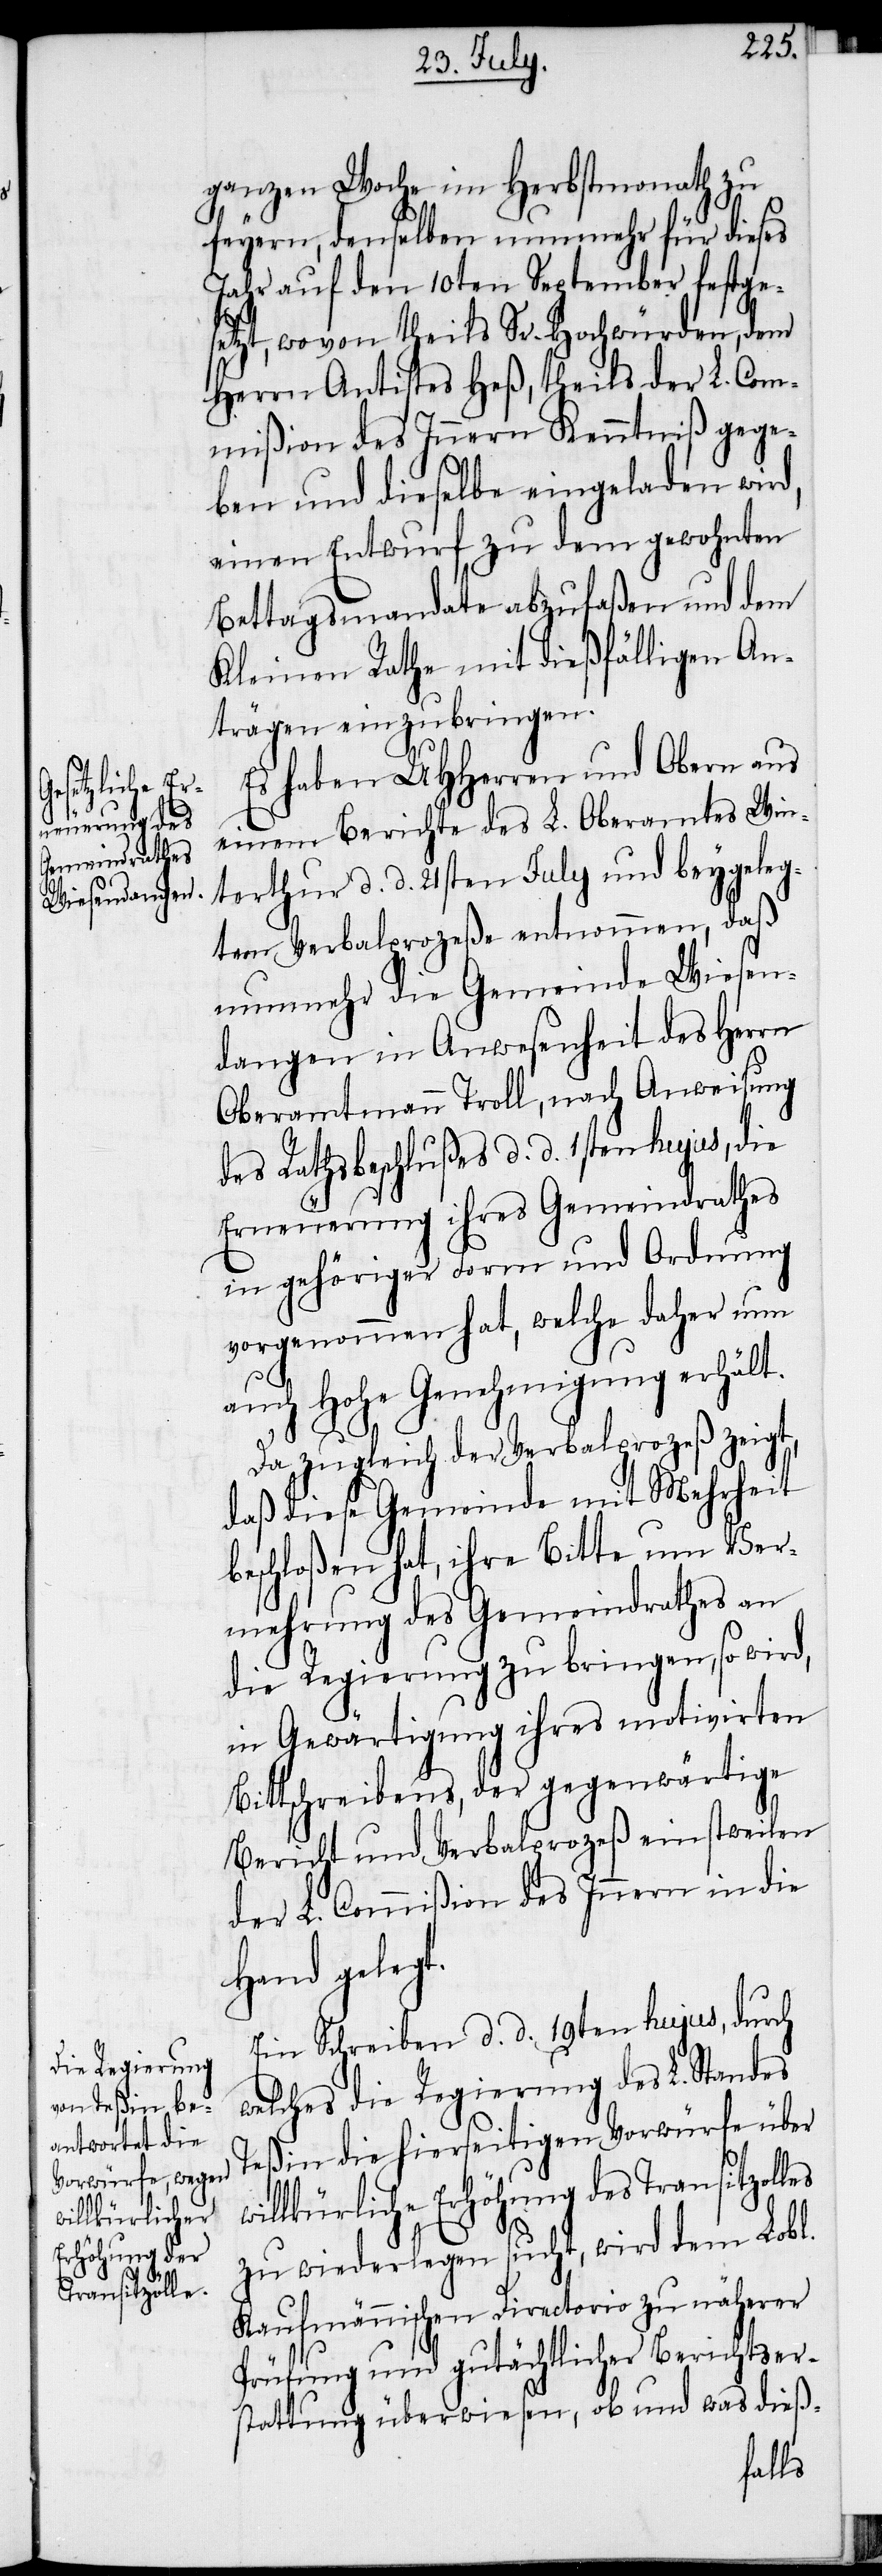
ganzen Woche im Herbstmonath zu
feyern, denselben nunmehr für dieses
Jahr auf den 10ten September festge¬
setzt, wovon theils Sr. Hochwürden, dem
Herrn Antistes Heß, theils der L. Com¬
mißion des Innern Kenntniß gege¬
ben und dieselbe eingeladen wird,
einen Entwurf zu dem gewohnten
Bettagsmandate abzufaßen und dem
Kleinen Rathe mit dießfälligen An¬
trägen einzubringen.
Es haben UHHerren und Obern aus
einem Berichte des L. Oberamtes Win¬
terthur d. d. 21sten July und beygeleg¬
tem Verbalprozeße entnommen, daß
nunmehr die Gemeinde Wiesen¬
dangen in Anwesenheit des Herrn
Oberamtmann Troll, nach Anweisung
des Rathsbeschlußes d. d. 1sten hujus, die
Erneuerung ihres Gemeindrathes
in gehöriger Form und Ordnung
vorgenommen hat, welche daher nun
auch Hohe Genehmigung erhält.
Da zugleich der Verbalprozeß zeigt,
daß diese Gemeinde mit Mehrheit
beschloßen hat, ihre Bitte um Ver¬
mehrung des Gemeindrathes an
die Regierung zu bringen, so wird,
in Gewärtigung ihres motivirten
Bittschreibens, der gegenwärtige
Bericht und Verbalprozeß einstweilen
der L. Commißion des Innern in die
Hand gelegt.
Ein Schreiben d. d. 19ten hujus, durch
welches die Regierung des L. Standes
Teßin die hierseitigen Vorwürfe über
willkürliche Erhöhung des Transitzolles
zu wiederlegen sucht, wird dem Lobl.
Kaufmännischen Directorio zu näherer
Prüfung und gutächtlicher Berichtser¬
stattung überwiesen, ob und was dieß-